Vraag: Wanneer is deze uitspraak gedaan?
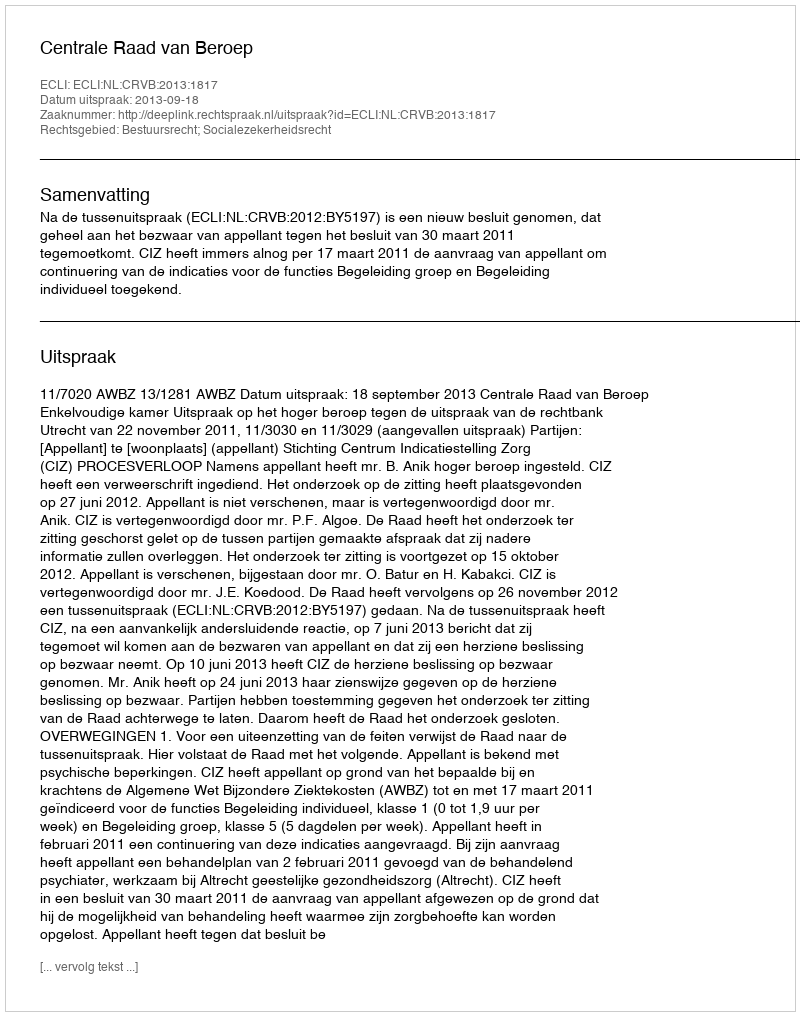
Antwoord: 2013-09-18